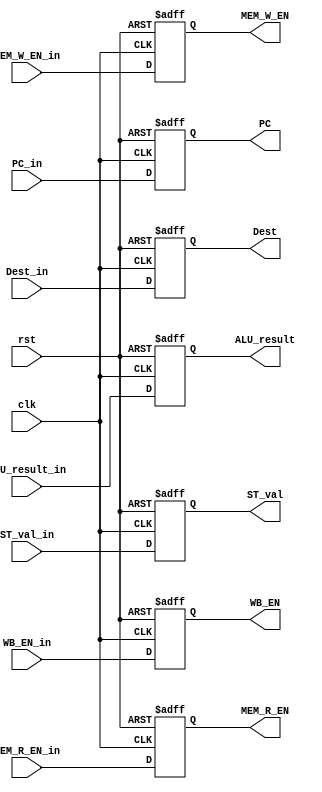
module EXE_Stage_reg(
	input clk,
	input rst,

	input WB_EN_in,
	input MEM_R_EN_in,
	input MEM_W_EN_in,
	input [31:0] PC_in,
	input [31:0] ALU_result_in,
	input [31:0] ST_val_in,
	input [4:0] Dest_in,

	output reg WB_EN,
	output reg MEM_R_EN,
	output reg MEM_W_EN,
	output reg [31:0] PC,
	output reg [31:0] ALU_result,
	output reg [31:0] ST_val,
	output reg [4:0] Dest
);
	always @(posedge clk, posedge rst) begin
		if(rst) begin
			WB_EN <= 0;
			MEM_R_EN <= 0;
			MEM_W_EN <= 0;
			PC <= 0;
			ALU_result <= 0;
			ST_val <= 0;
			Dest <= 0;
		end
		else begin
			WB_EN <= WB_EN_in;
			MEM_R_EN <= MEM_R_EN_in;
			MEM_W_EN <= MEM_W_EN_in;
			PC <= PC_in;
			ALU_result <= ALU_result_in;
			ST_val <= ST_val_in;
			Dest <= Dest_in;
		end
	end

endmodule